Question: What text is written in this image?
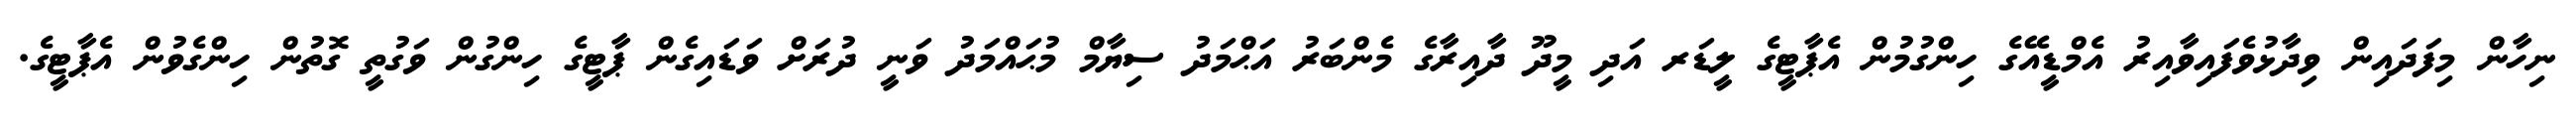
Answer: ނިހާން މިފަދައިން ވިދާޅުވެފައިވާއިރު އެމްޑީއޭގެ ހިންގުމުން އެޕާޓީގެ ލީޑަރ އަދި މީދޫ ދާއިރާގެ މެންބަރު އަޙްމަދު ސިޔާމް މުޙައްމަދު ވަނީ ދުރަށް ވަޑައިގެން ޕާޓީގެ ހިންގުން ވަގުތީ ގޮތުން ހިންގެވުން އެޕާޓީގެ.